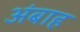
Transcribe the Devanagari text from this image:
अंबाह